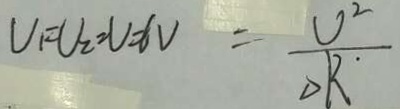
U _ { 1 } = U _ { 2 } = U = 6 v = \frac { U ^ { 2 } } { \Delta R ^ { \cdot } }